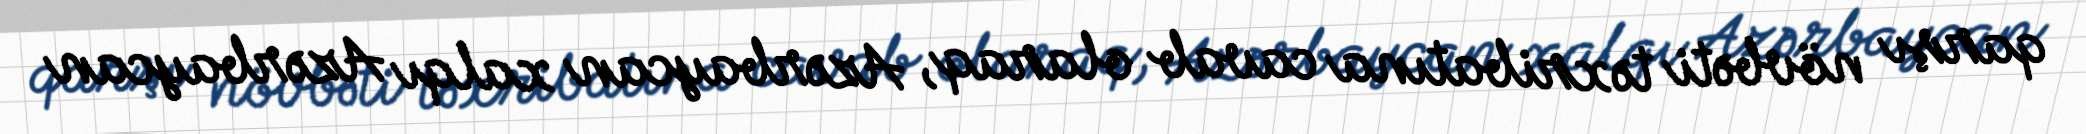
qarşı növbəti təxribatına cavab olaraq, Azərbaycan xalqı Azərbaycan